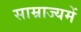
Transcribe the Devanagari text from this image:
साम्राज्यमें